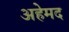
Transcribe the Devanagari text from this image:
अहेमद